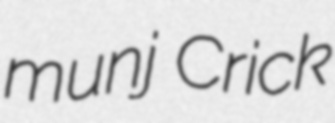
munj Crick